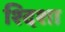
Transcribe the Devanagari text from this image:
श्दिशा